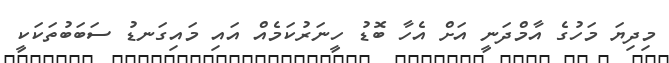
މިދިޔަ މަހުގެ އާމްދަނީ އަށް އެހާ ބޮޑު ހީނަރުކަމެއް އައި މައިގަނޑު ސަބަބުތަކަކީ